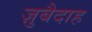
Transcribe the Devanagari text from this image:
ज़ुबैदाह